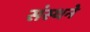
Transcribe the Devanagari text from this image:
संस्थने